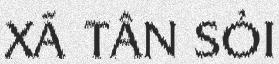
XÃ TÂN SỎI